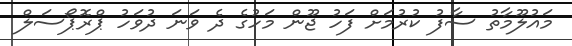
މައުލޫމާތު ސާފު ކުރުމަށް ފަހު ޖޫން މަހުގެ ދެ ވަނަ ދުވަހު ޕްރޮޕޯސަލް